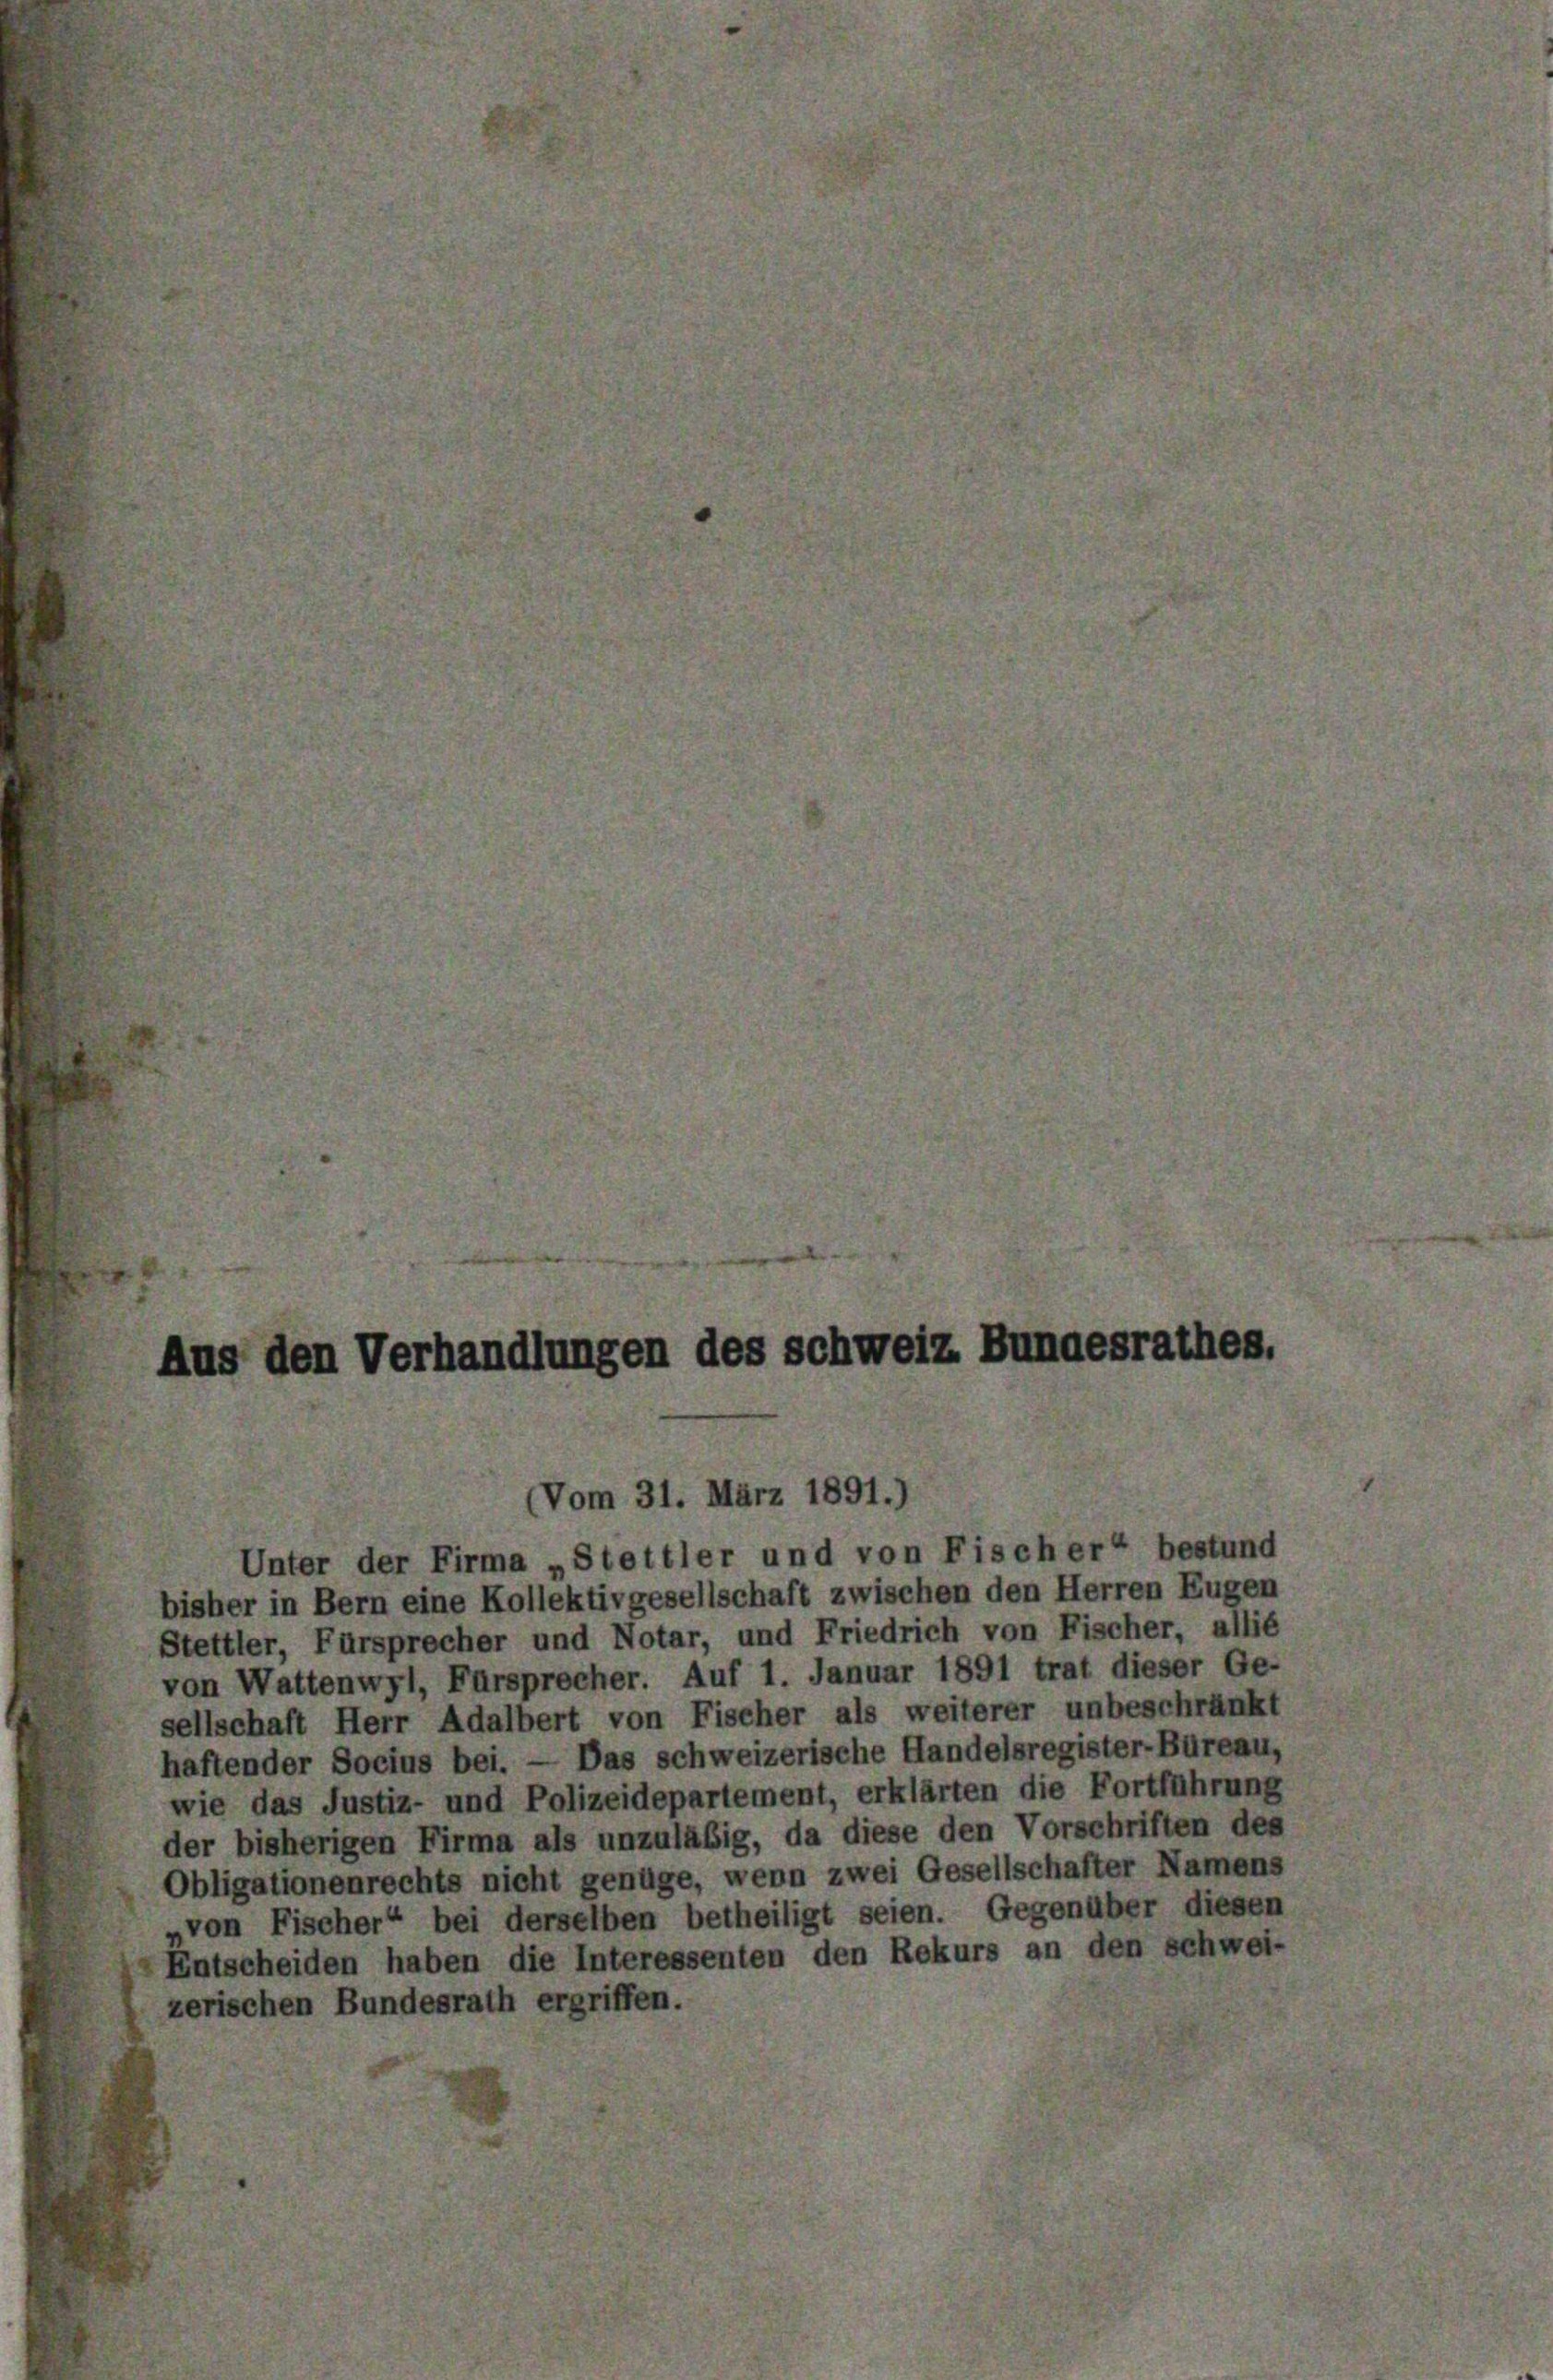
Aus den Verhandlungen des schweiz Bundesrathes.

Vom 31. März 1891.
Unter der Firma „Stettler und von Fischer“ bestund
bisher in Bern eine Kollektivgesellschaft zwischen den Herren Eugen
Stettler, Fürsprecher und Notar, und Friedrich von Fischer, allié
von Wattenwyl, Fürsprecher. Auf 1. Januar 1891 trat dieser Ge-
sellschaft Herr Adalbert von Fischer als weiterer unbeschränkt
haftender Socius bei. — Das schweizerische Handelsregister-Büreau,
wie das Justiz- und Polizeidepartement, erklärten die Fortführung
der bisherigen Firma als unzuläßig, da diese den Vorschriften des
Obligationenrechts nicht genüge, wenn zwei Gesellschafter Namens
von Fischer“ bei derselben betheiligt seien. Gegenüber diesen
Entscheiden haben die Interessenten den Rekurs an den schwei-
zerischen Bundesrath ergriffen.